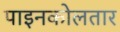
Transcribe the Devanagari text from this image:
पाइनकोलतार